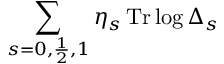
\sum _ { s = 0 , \frac { 1 } { 2 } , 1 } \eta _ { s } \, \mathrm { T r } \log \Delta _ { s }